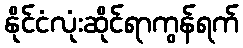
နိုင်ငံလုံးဆိုင်ရာကွန်ရက်